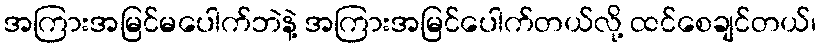
အကြားအမြင်မပေါက်ဘဲနဲ့ အကြားအမြင်ပေါက်တယ်လို့ ထင်စေချင်တယ်၊